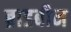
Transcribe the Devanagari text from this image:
ब्राडबीन